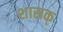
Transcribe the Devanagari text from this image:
शासक्